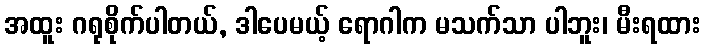
အထူး ဂရုစိုက်ပါတယ်, ဒါပေမယ့် ရောဂါက မသက်သာ ပါဘူး၊ မီးရထား